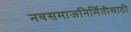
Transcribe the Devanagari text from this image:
नवसमाजनिर्मितीसाठी